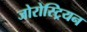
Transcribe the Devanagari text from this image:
जोरोस्ट्रियन